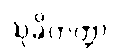
သုခိတတ္တာ